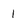
Character: 1